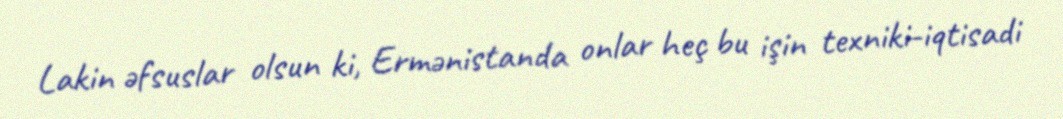
Lakin əfsuslar olsun ki, Ermənistanda onlar heç bu işin texniki-iqtisadi